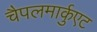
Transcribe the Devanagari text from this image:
चैपलमार्कुएट